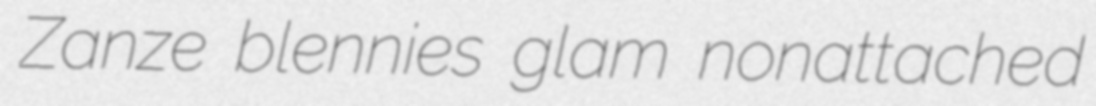
Zanze blennies glam nonattached